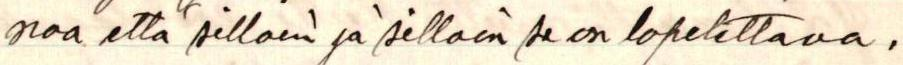
noa että silloin ja silloin se on lopetettava,